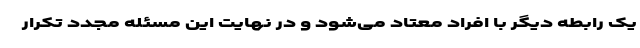
یک رابطه دیگر با افراد معتاد می‌شود و در نهایت این مسئله مجدد تکرار